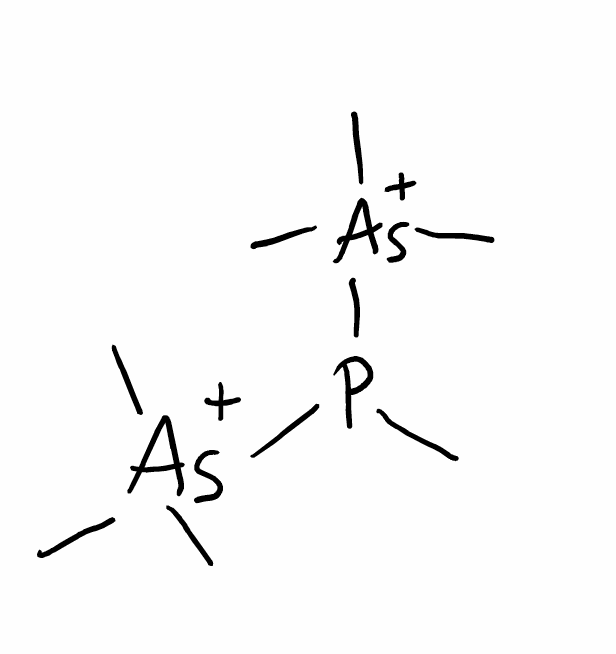
Simplified molecular-input line-entry system (SMILES) notation of the given molecule:
CP([As+](C)(C)C)[As+](C)(C)C